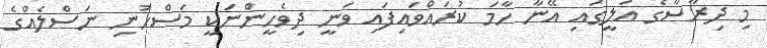
މި ދިރާސާގެ އަލީގައި އޭނާ ހާމަ ކުރައްވައިފައި ވަނީ ދިވެހީންނަކީ މަސްހުނި ނަސްލެއްގެ